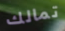
تمالك